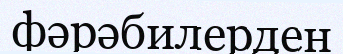
фәрәбилерден